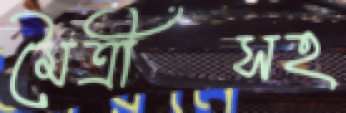
মৈত্রীসহ